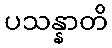
ပသန္နာတိ